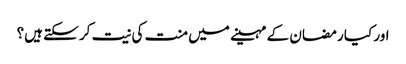
اور کیا رمضان کے مہینے میں منت کی نیت کر سکتے ہیں؟